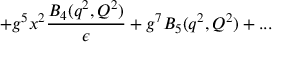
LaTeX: + g ^ { 5 } x ^ { 2 } { \frac { B _ { 4 } ( q ^ { 2 } , Q ^ { 2 } ) } { \epsilon } } + g ^ { 7 } B _ { 5 } ( q ^ { 2 } , Q ^ { 2 } ) + . . .